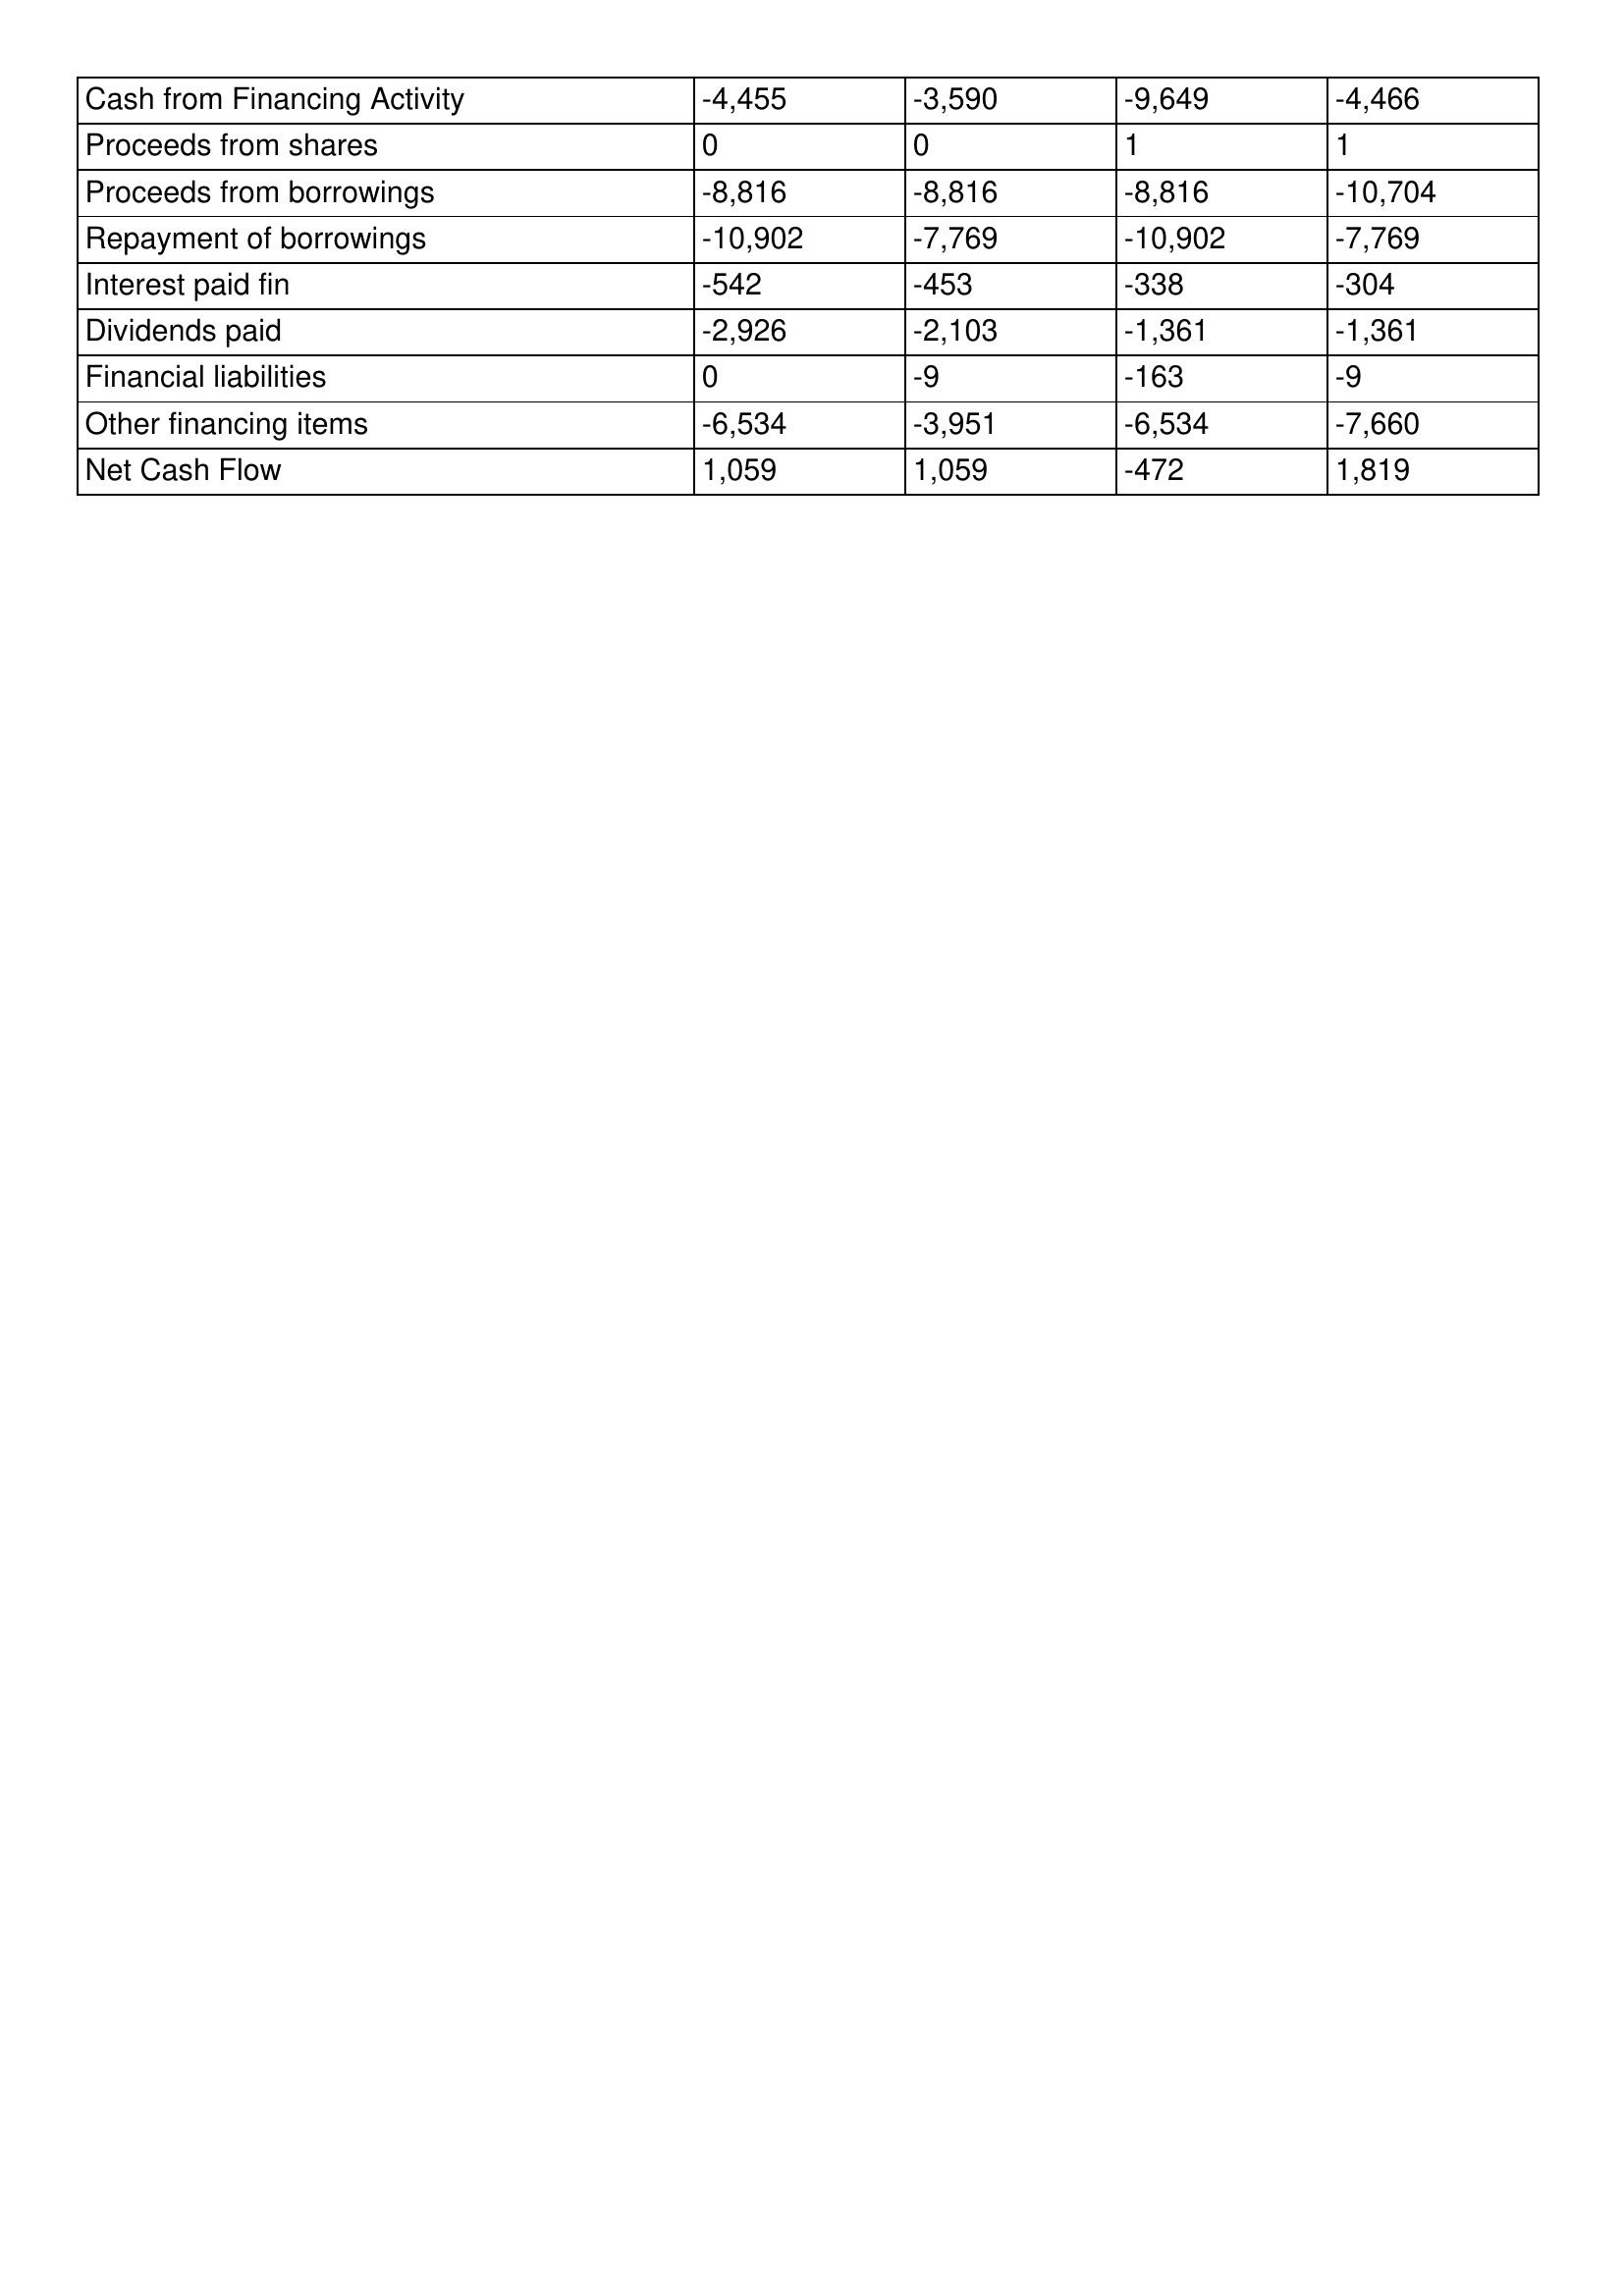
gt_parse: 2020: Cash Flows: Cash from Financing Activity: -4,455
Proceeds from shares: 0
Proceeds from borrowings: -8,816
Repayment of borrowings: -10,902
Interest paid fin: -542
Dividends paid: -2,926
Financial liabilities: 0
Other financing items: -6,534
Net Cash Flow: 1,059
2019: Cash Flows: Cash from Financing Activity: -3,590
Proceeds from shares: 0
Proceeds from borrowings: -8,816
Repayment of borrowings: -7,769
Interest paid fin: -453
Dividends paid: -2,103
Financial liabilities: -9
Other financing items: -3,951
Net Cash Flow: 1,059
2018: Cash Flows: Cash from Financing Activity: -9,649
Proceeds from shares: 1
Proceeds from borrowings: -8,816
Repayment of borrowings: -10,902
Interest paid fin: -338
Dividends paid: -1,361
Financial liabilities: -163
Other financing items: -6,534
Net Cash Flow: -472
2017: Cash Flows: Cash from Financing Activity: -4,466
Proceeds from shares: 1
Proceeds from borrowings: -10,704
Repayment of borrowings: -7,769
Interest paid fin: -304
Dividends paid: -1,361
Financial liabilities: -9
Other financing items: -7,660
Net Cash Flow: 1,819